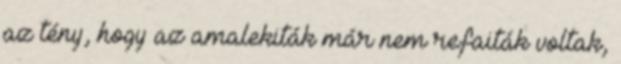
az tény, hogy az amalekiták már nem refaiták voltak,